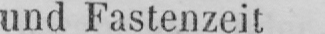
und Fastenzeit